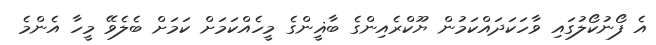
އެ ފޯނުކޯލުގައި ވާހަކަދައްކަމުން ޔޫކްރެއިންގެ ބާޣީންގެ މީހެއްކަމަށް ކަމަށް ބެލެވޭ މީހާ އެންމެ